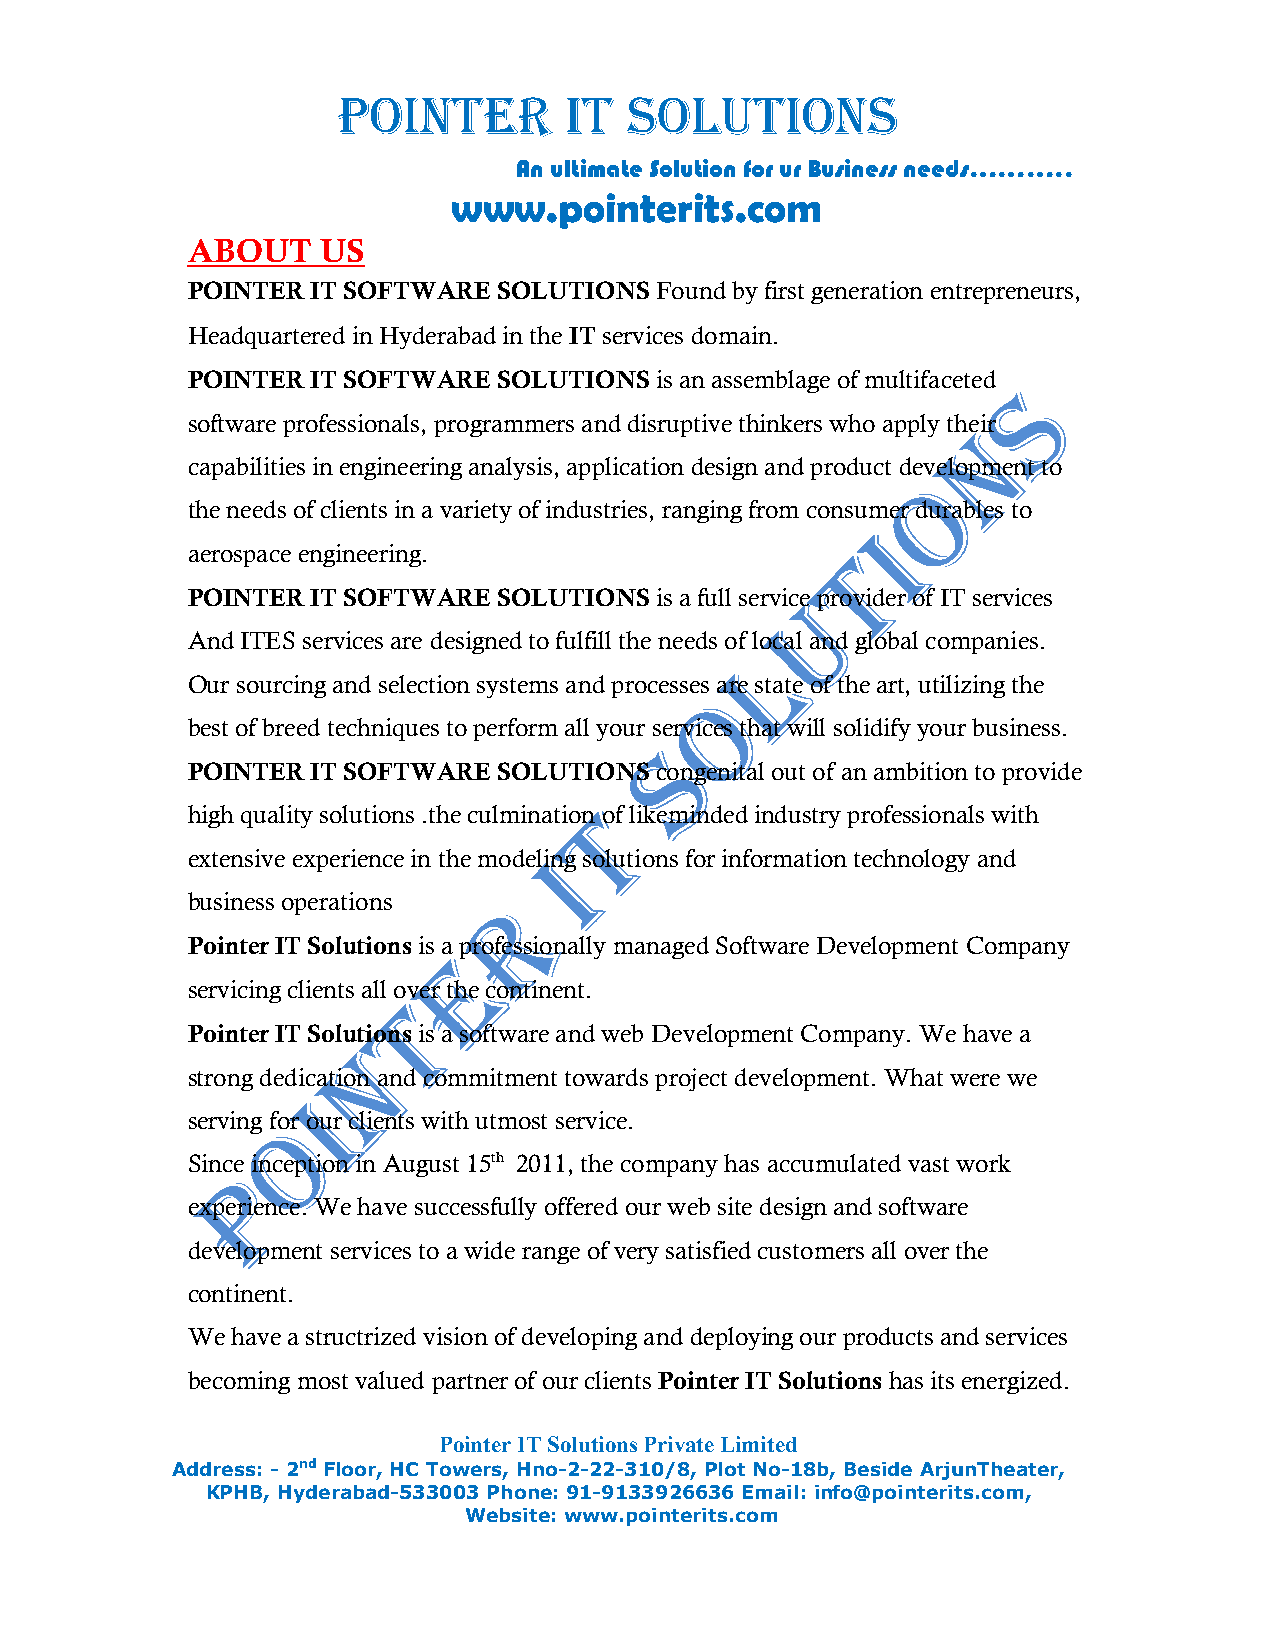
POINTER        IT   SOLUTIONS
 An ultimate Solution for ur Business needs………..
 www.pointerits.com
 ABOUT    US
 POINTER  IT SOFTWARE SOLUTIONS Found by first generation entrepreneurs,
 Headquartered in Hyderabad in the IT services domain.
 POINTER  IT SOFTWARE SOLUTIONS is an assemblage of multifaceted
 software professionals, programmers and disruptive thinkers who apply their
 capabilities in engineering analysis, application design and product development to
 the needs of clients in a variety of industries, ranging from consumer durables to
 aerospace engineering.
 POINTER  IT SOFTWARE SOLUTIONS is a full service provider of IT services
 And ITES services are designed to fulfill the needs of local and global companies.
 Our sourcing and selection systems and processes are state of the art, utilizing the
 best of breed techniques to perform all your services that will solidify your business.
 POINTER  IT SOFTWARE SOLUTIONS congenital out of an ambition to provide
 high quality solutions .the culmination of likeminded industry professionals with
 extensive experience in the modeling solutions for information technology and
 business operations
 Pointer IT Solutions is a professionally managed Software Development Company
 servicing clients all over the continent.
 Pointer IT Solutions is a software and web Development Company. We have a
 strong dedication and commitment towards project development. What were we
 serving for our clients with utmost service.
 Since inception in August 15th 2011, the company has accumulated vast work
 experience. We have successfully offered our web site design and software
 development services to a wide range of very satisfied customers all over the
 continent.
 We have a structrized vision of developing and deploying our products and services
 becoming most valued partner of our clients Pointer IT Solutions has its energized.
 Pointer IT Solutions Private Limited
 Address: - 2nd Floor, HC Towers, Hno-2-22-310/8, Plot No-18b, Beside ArjunTheater,
 KPHB, Hyderabad-533003 Phone: 91-9133926636 Email: info@pointerits.com,
 Website: www.pointerits.com